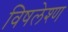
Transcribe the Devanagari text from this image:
विषलेश्ण